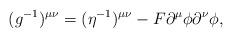
LaTeX: \begin{align*} (g^{-1})^{\mu\nu}=(\eta^{-1})^{\mu\nu}-F\partial^\mu\phi\partial^\nu\phi,\end{align*}